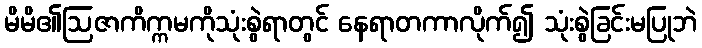
မိမိ၏ဩဇာကိက္ကမကိုသုံးစွဲရာတွင် နေရာတကာလိုက်၍ သုံးစွဲခြင်းမပြုဘဲ